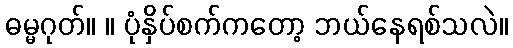
ဓမ္မဂုတ်။ ။ ပုံနှိပ်စက်ကတော့ ဘယ်နေရစ်သလဲ။